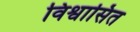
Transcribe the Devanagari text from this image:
विश्वासित